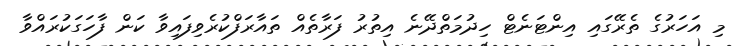
މި އަހަރުގެ ތެރޭގައި އިންޓަނެޓް ހިދުމަތްދޭނެ އިތުރު ފަރާތެއް ތައާރަފްކުރެވިފައިވާ ކަން ފާހަގަކުރައްވާ